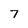
Character: 7